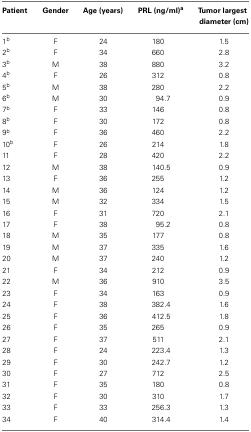
<table><thead><tr><td><b>Patient</b></td><td><b>Gender</b></td><td><b>Age (years)</b></td><td><b>PRL (ng/ml)<sup>a</sup></b></td><td><b>Tumor largest diameter (cm)</b></td></tr></thead><tbody><tr><td>1<sup>b</sup></td><td>F</td><td>24</td><td>180</td><td>1.5</td></tr><tr><td>2<sup>b</sup></td><td>F</td><td>34</td><td>660</td><td>2.8</td></tr><tr><td>3<sup>b</sup></td><td>M</td><td>38</td><td>880</td><td>3.2</td></tr><tr><td>4<sup>b</sup></td><td>F</td><td>26</td><td>312</td><td>0.8</td></tr><tr><td>5<sup>b</sup></td><td>M</td><td>38</td><td>280</td><td>2.2</td></tr><tr><td>6<sup>b</sup></td><td>M</td><td>30</td><td>94.7</td><td>0.9</td></tr><tr><td>7<sup>b</sup></td><td>F</td><td>33</td><td>146</td><td>0.8</td></tr><tr><td>8<sup>b</sup></td><td>F</td><td>30</td><td>172</td><td>0.8</td></tr><tr><td>9<sup>b</sup></td><td>F</td><td>36</td><td>460</td><td>2.2</td></tr><tr><td>10<sup>b</sup></td><td>F</td><td>26</td><td>214</td><td>1.8</td></tr><tr><td>11</td><td>F</td><td>28</td><td>420</td><td>2.2</td></tr><tr><td>12</td><td>M</td><td>38</td><td>140.5</td><td>0.9</td></tr><tr><td>13</td><td>F</td><td>36</td><td>255</td><td>1.2</td></tr><tr><td>14</td><td>M</td><td>36</td><td>124</td><td>1.2</td></tr><tr><td>15</td><td>M</td><td>32</td><td>334</td><td>1.5</td></tr><tr><td>16</td><td>F</td><td>31</td><td>720</td><td>2.1</td></tr><tr><td>17</td><td>F</td><td>38</td><td>95.2</td><td>0.8</td></tr><tr><td>18</td><td>M</td><td>35</td><td>177</td><td>0.8</td></tr><tr><td>19</td><td>M</td><td>37</td><td>335</td><td>1.6</td></tr><tr><td>20</td><td>M</td><td>37</td><td>240</td><td>1.2</td></tr><tr><td>21</td><td>F</td><td>34</td><td>212</td><td>0.9</td></tr><tr><td>22</td><td>M</td><td>36</td><td>910</td><td>3.5</td></tr><tr><td>23</td><td>F</td><td>34</td><td>163</td><td>0.9</td></tr><tr><td>24</td><td>F</td><td>38</td><td>382.4</td><td>1.6</td></tr><tr><td>25</td><td>F</td><td>36</td><td>412.5</td><td>1.8</td></tr><tr><td>26</td><td>F</td><td>35</td><td>265</td><td>0.9</td></tr><tr><td>27</td><td>F</td><td>37</td><td>511</td><td>2.1</td></tr><tr><td>28</td><td>F</td><td>24</td><td>223.4</td><td>1.3</td></tr><tr><td>29</td><td>F</td><td>30</td><td>242.7</td><td>1.2</td></tr><tr><td>30</td><td>F</td><td>27</td><td>712</td><td>2.5</td></tr><tr><td>31</td><td>F</td><td>35</td><td>180</td><td>0.8</td></tr><tr><td>32</td><td>F</td><td>30</td><td>310</td><td>1.7</td></tr><tr><td>33</td><td>F</td><td>33</td><td>256.3</td><td>1.3</td></tr><tr><td>34</td><td>F</td><td>40</td><td>314.4</td><td>1.4</td></tr></tbody></table>